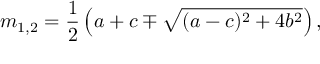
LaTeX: m _ { 1 , 2 } = \frac { 1 } { 2 } \left( a + c \mp \sqrt { ( a - c ) ^ { 2 } + 4 b ^ { 2 } } \right) ,